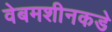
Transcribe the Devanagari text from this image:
वेबमशीनकडे